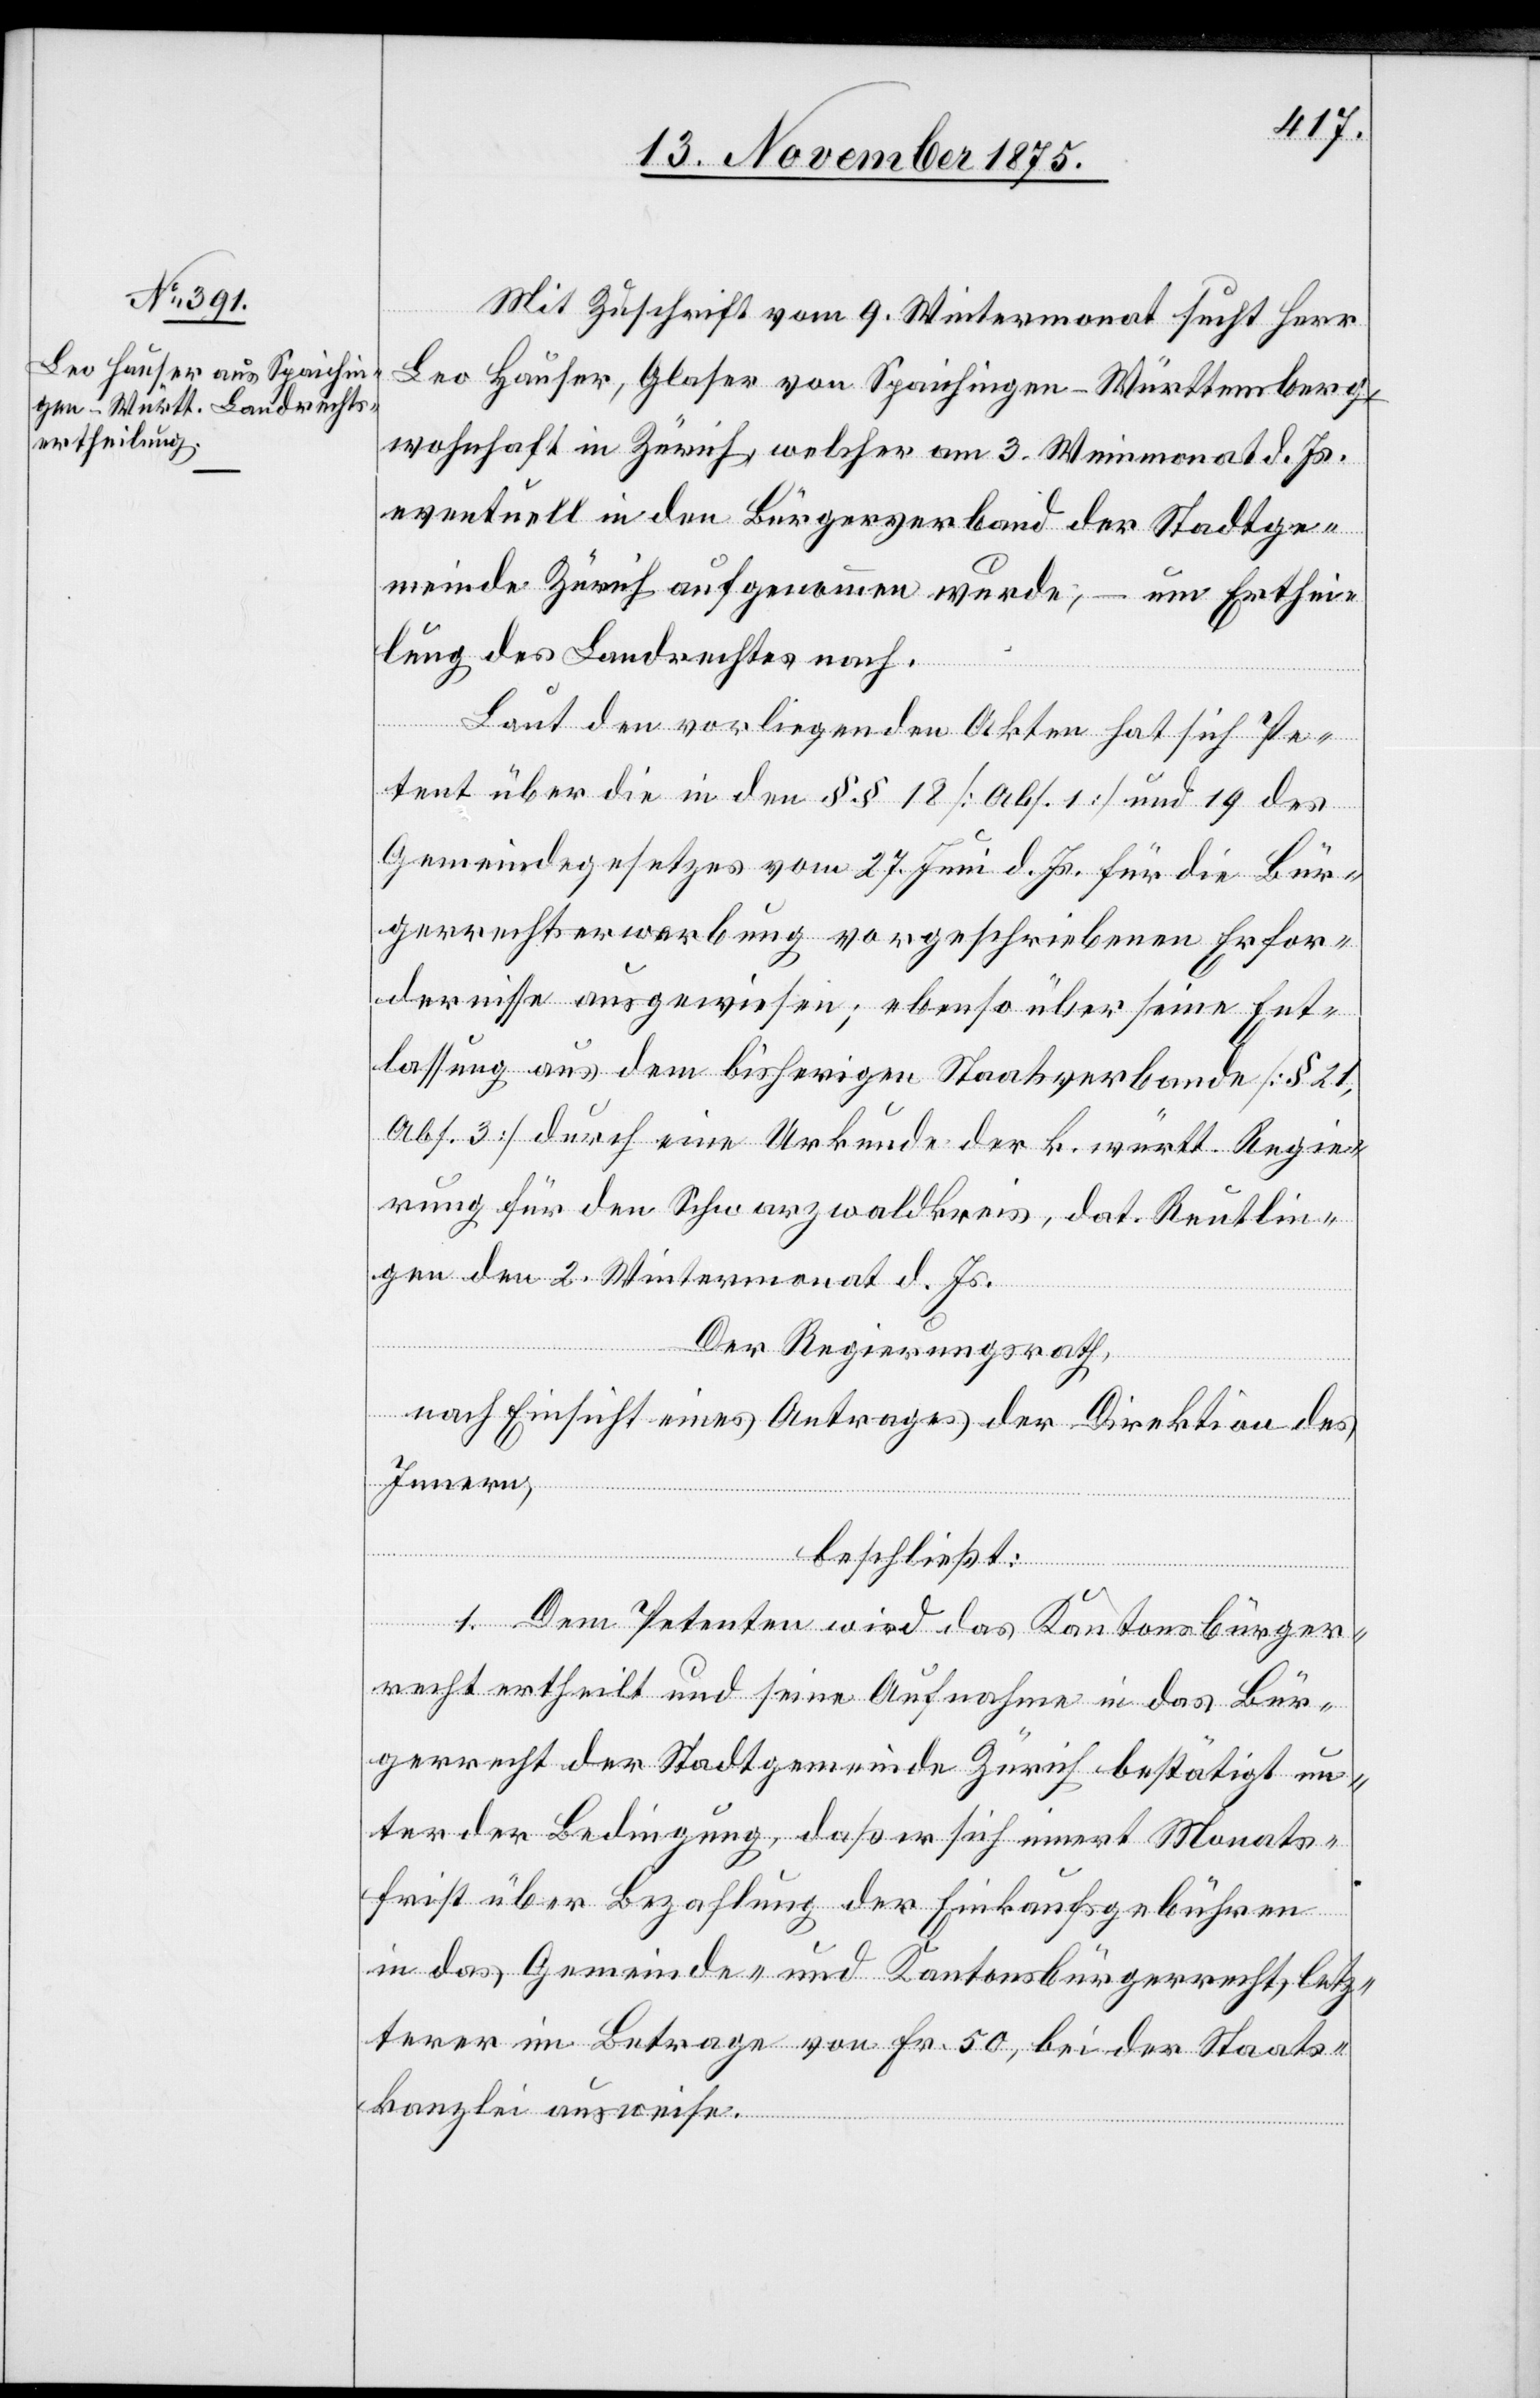
Mit Zuschrift vom 9. Wintermonat sucht Herr
Leo Hauser, Glaser von Spaichingen - Württemberg,
wohnhaft in Zürich, welcher am 3. Weinmonat d. Js.
eventuell in den Bürgerverband der Stadtge¬
meinde Zürich aufgenommen wurde, – um Erthei¬
lung des Landrechtes nach.
Laut den vorliegenden Akten hat sich Pe¬
tent über die in den §§ 18 [Abs. 1] und 19 des
Gemeindegesetzes vom 27. Juni d. Js. für die Bür¬
gerrechtserwerbung vorgeschriebenen Erfor¬
dernisse ausgewiesen; ebenso über seine Ent¬
lassung aus dem bisherigen Staatsverbande [§ 21,
Abs. 3] durch eine Urkunde der k. württ. Regie¬
rung für den Schwarzwaldkreis, dat. Reutlin¬
gen den 2. Wintermonat d. Js.
Der Regierungsrath,
nach Einsicht eines Antrages der Direktion des
Innern,
beschließt:
1. Dem Petenten wird das Kantonsbürger¬
recht ertheilt und seine Aufnahme in das Bür¬
gerrecht der Stadtgemeinde Zürich bestätigt un¬
ter der Bedingung, daß er sich innert Monats¬
frist über Bezahlung der Einkaufsgebühren
in das Gemeinde- und Kantonsbürgerrecht, letz¬
terer im Betrage von Fr. 50, bei der Staats¬
kanzlei ausweise.